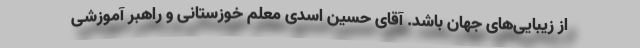
از زیبایی‌های جهان باشد. آقای حسین اسدی معلم خوزستانی و راهبر آموزشی